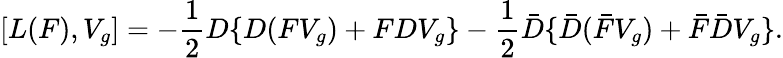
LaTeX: [L(F),V_{g}]=-\frac{1}{2}D\{ D(FV_{g})+FDV_{g}\} -\frac{1}{2}\bar{D}\{ \bar{D}(\bar{F}V_{g})+\bar{F}\bar{D}V_{g}\} .